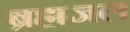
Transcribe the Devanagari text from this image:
ब्रह्मजल